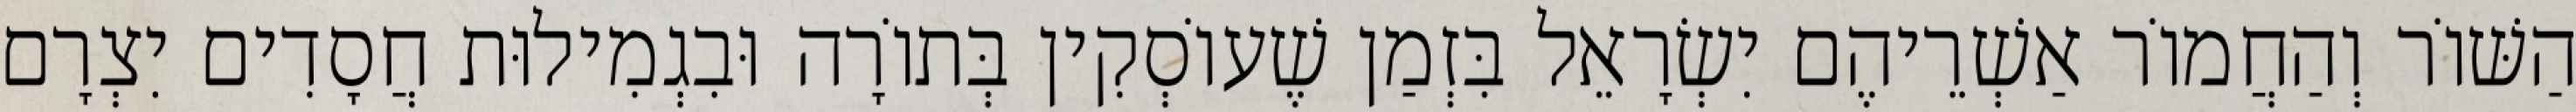
הַשּׁוֹר וְהַחֲמוֹר אַשְׁרֵיהֶם יִשְׂרָאֵל בִּזְמַן שֶׁעוֹסְקִין בְּתוֹרָה וּבִגְמִילוּת חֲסָדִים יִצְרָם